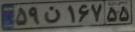
۵۹ن۱۶۷۵۵